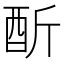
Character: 𨠇